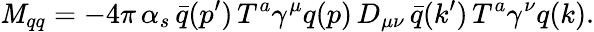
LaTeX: {\cal\mathit{M}}_{qq}=-4\pi\, \alpha_{s}\, {\bar{{q}}}(p^{\prime})\, T^{a}\gamma^{\mu}q(p)\, D_{\mu\nu}\, {\bar{{q}}}(k^{\prime})\, T^{a}\gamma^{\nu}q(k).